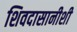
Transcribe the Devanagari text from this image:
शिवदासानीशी